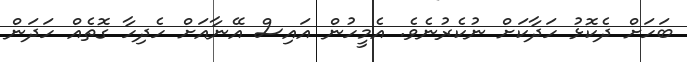
ބަހަށް ދެކޮޅު ހަދާކަށް ނުކެރުނެވެ. އެމީހުން އައިސް އޭނާއަށް ހެދިހާ ގޮތެއް ހަދަން